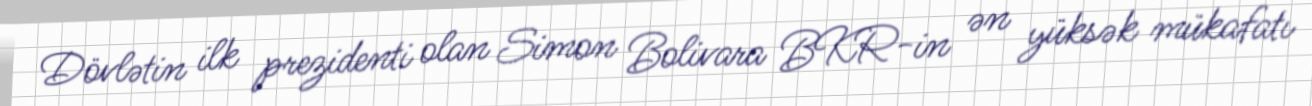
Dövlətin ilk prezidenti olan Simon Bolivara BKR-in ən yüksək mükafatı